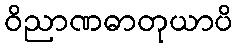
ဝိညာဏဓာတုယာပိ